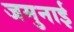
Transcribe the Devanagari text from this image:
जमुनाई